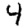
Digit: 4